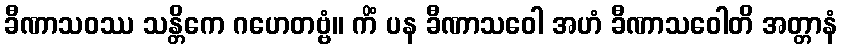
ခီဏာသဝဿ သန္တိကေ ဂဟေတဗ္ဗံ။ ကိံ ပန ခီဏာသဝေါ အဟံ ခီဏာသဝေါတိ အတ္တာနံ